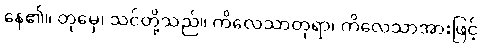
နေ၏။ တုမှေ၊ သင်တို့သည်။ ကိလေသာတုရာ၊ ကိလေသာအားဖြင့်